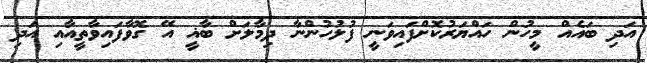
އަދި ބައެއް މީހުން ހައްޔަރުކޮށްފައިވަނީ ފުލުހުންނާ ދިމާލަށް ބާޣީ އޭ ގޮވާފައިވާތީއާއި އަދި